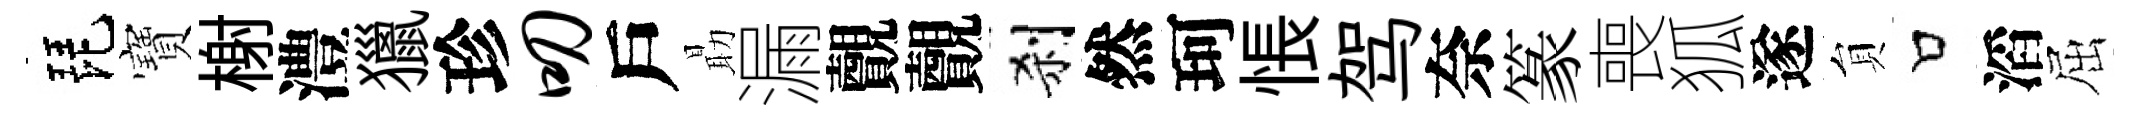
琵寶榭澧獵珍叨戶朂漏覿覿刹然珂悵驾奈篆喪狐遂貟口滔屈